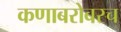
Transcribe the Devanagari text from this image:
कणाबरोबरच